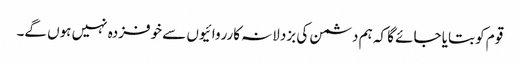
قوم کو بتایا جائے گا کہ ہم دشمن کی بزدلانہ کارروائیوں سے خوفزدہ نہیں ہوں گے۔